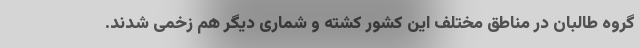
گروه طالبان در مناطق مختلف این کشور کشته و شماری دیگر هم زخمی شدند.